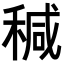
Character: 𥠆